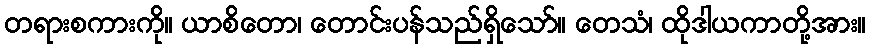
တရားစကားကို။ ယာစိတော၊ တောင်းပန်သည်ရှိသော်။ တေသံ၊ ထိုဒါယကာတို့အား။